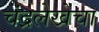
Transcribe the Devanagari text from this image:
चंद्रलेखेचा